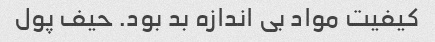
کیفیت مواد بی اندازه بد بود. حیف پول